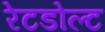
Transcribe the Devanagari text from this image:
रेटडोल्ट